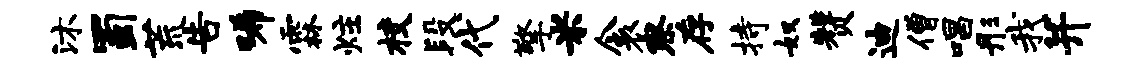
沐蜀荒告唏霖炷校段代擎米衾察存持奴赞迪僧唱彤我并